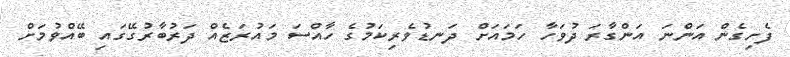
ފެށިގެން އަންނަ އަންގާރަ ދުވަހާ ހަމައަށް ދަނޑުވެރިކަމުގެ ހާއްސަ މައުރަޒެއް ދަރުބާރުގޭގައި ބޭއްވުމަށް